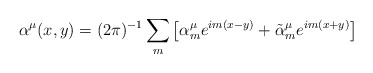
\begin{align*}\alpha ^{\mu }(x,y)=(2\pi )^{-1}\sum\limits_{m}\left[ \alpha _{m}^{\mu}e^{im(x-y)}+\tilde{\alpha}_{m}^{\mu }e^{im(x+y)}\right]\end{align*}